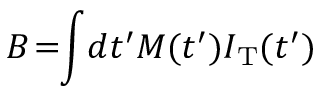
B \! = \! \! \int \! d t ^ { \prime } M ( t ^ { \prime } ) I _ { \mathrm { T } } ( t ^ { \prime } )